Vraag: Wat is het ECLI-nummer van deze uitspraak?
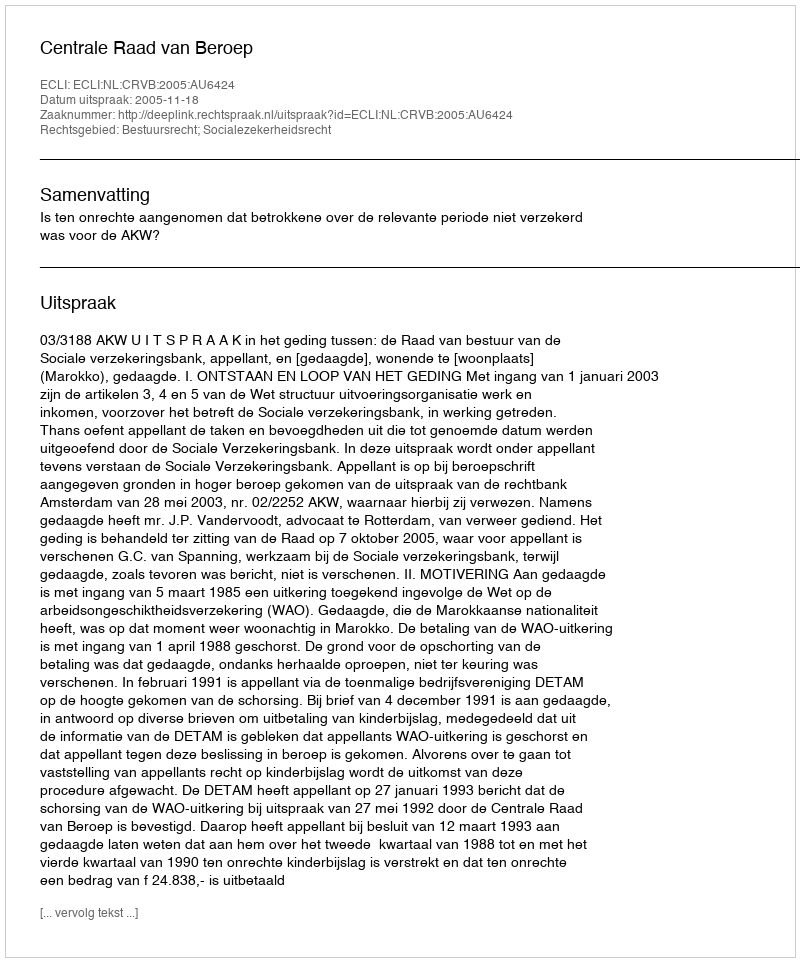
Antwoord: ECLI:NL:CRVB:2005:AU6424